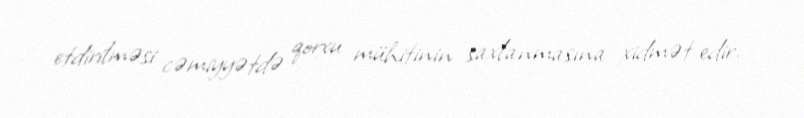
etdirilməsi cəmiyyətdə qorxu mühitinin saxlanmasına xidmət edir.